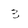
Character: 3